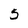
Character: 5